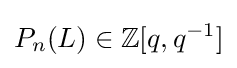
P_{n}(L)\in \mathbb {Z} [q,q^{-1}]